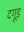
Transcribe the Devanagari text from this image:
दगूड